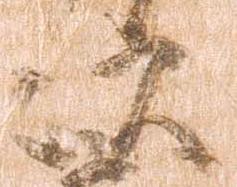
次